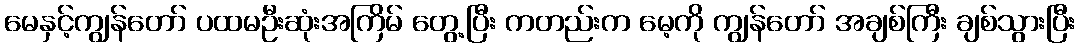
မေနှင့်ကျွန်တော် ပထမဦးဆုံးအကြိမ် တွေ့ပြီး ကတည်းက မေ့ကို ကျွန်တော် အချစ်ကြီး ချစ်သွားပြီး